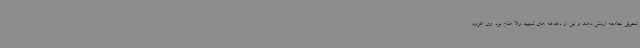
تحویل جامعه ارتش دهند و این از دغدغه های شهید والا مقام بود. وی افزود: